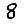
Digit: 8